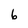
Character: 6